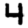
Digit: 4